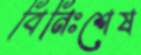
বিনিঃশেষ